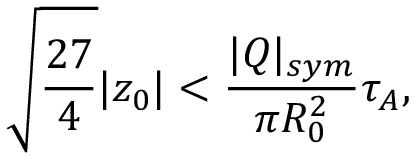
\sqrt { \frac { 2 7 } { 4 } } | z _ { 0 } | < \frac { | Q | _ { s y m } } { \pi R _ { 0 } ^ { 2 } } \tau _ { A } ,